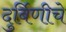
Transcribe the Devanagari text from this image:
दुर्बिणीचे